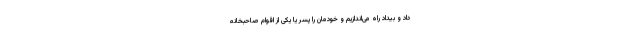
داد و بیداد راه می‌اندازیم و خودمان را پسر یا یکی از اقوام صاحبخانه